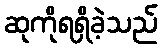
ဆုကိုရရှိခဲ့သည်